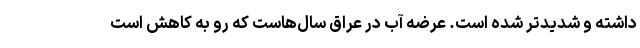
داشته و شدیدتر شده‌ است. عرضه آب در عراق سال‌هاست که رو به کاهش است